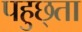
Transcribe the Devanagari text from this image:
पहुछ्ता